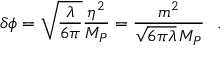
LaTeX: \delta \phi = \sqrt { \frac { \lambda } { 6 \pi } } { \frac { \eta ^ { 2 } } { M _ { P } } } = { \frac { m ^ { 2 } } { \sqrt { 6 \pi \lambda } \, M _ { P } } } \ ~ .